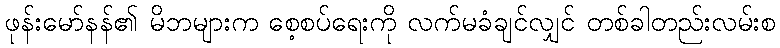
ဖုန်းမော်နန်၏ မိဘများက စေ့စပ်ရေးကို လက်မခံချင်လျှင် တစ်ခါတည်းလမ်းစ